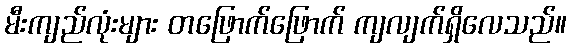
မီးကျည်လုံးများ တဖြောက်ဖြောက် ကျလျက်ရှိလေသည်။